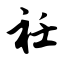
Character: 衽